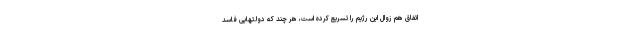
اتفاق هم زوال این رژیم را تسریع کرده است، هر چند که دولتهایی فاسد